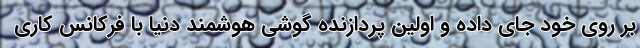
بر روی خود جای داده و اولین پردازنده گوشی هوشمند دنیا با فرکانس کاری